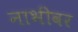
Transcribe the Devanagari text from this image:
नाभीवर